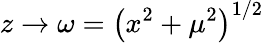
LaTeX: z\rightarrow\omega=\left(x^{2}+\mu^{2}\right)^{1/2}